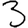
Digit: 3